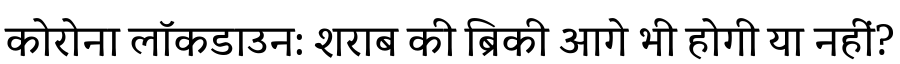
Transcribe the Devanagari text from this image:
कोरोना लॉकडाउन: शराब की ब्रिकी आगे भी होगी या नहीं?